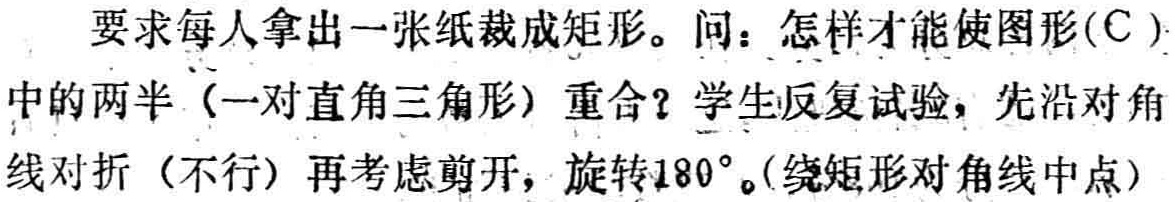
要求每人拿出一张纸裁成矩形。问：怎样才能使图形(C )中的两半（一对直角三角形）重合？学生反复试验，先沿对角线对折（不行）再考虑剪开，旋转\(180^{\circ}\)。（绕矩形对角线中点）